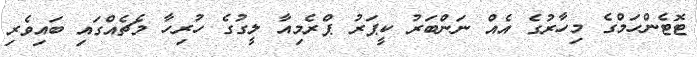
ޓޮޓެންހަމްގެ މިހާރުގެ އެއް ނަންބަރު ކީޕަރު ޕްރެމިއާ ލީގުގެ ހުރިހާ މެޗެއްގައި ބައިވެރި